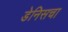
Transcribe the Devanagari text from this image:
डेनिसचा